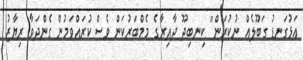
އަޅުގަނޑު ގަބޫލެއް ނުކުރަން" ކިނބިދޫ ދާއިރާގެ މެމްބަރުކަން ވެސް ކުރައްވަމުން ގެންދަވާ ރިޔާޒު